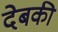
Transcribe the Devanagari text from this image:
देबकी